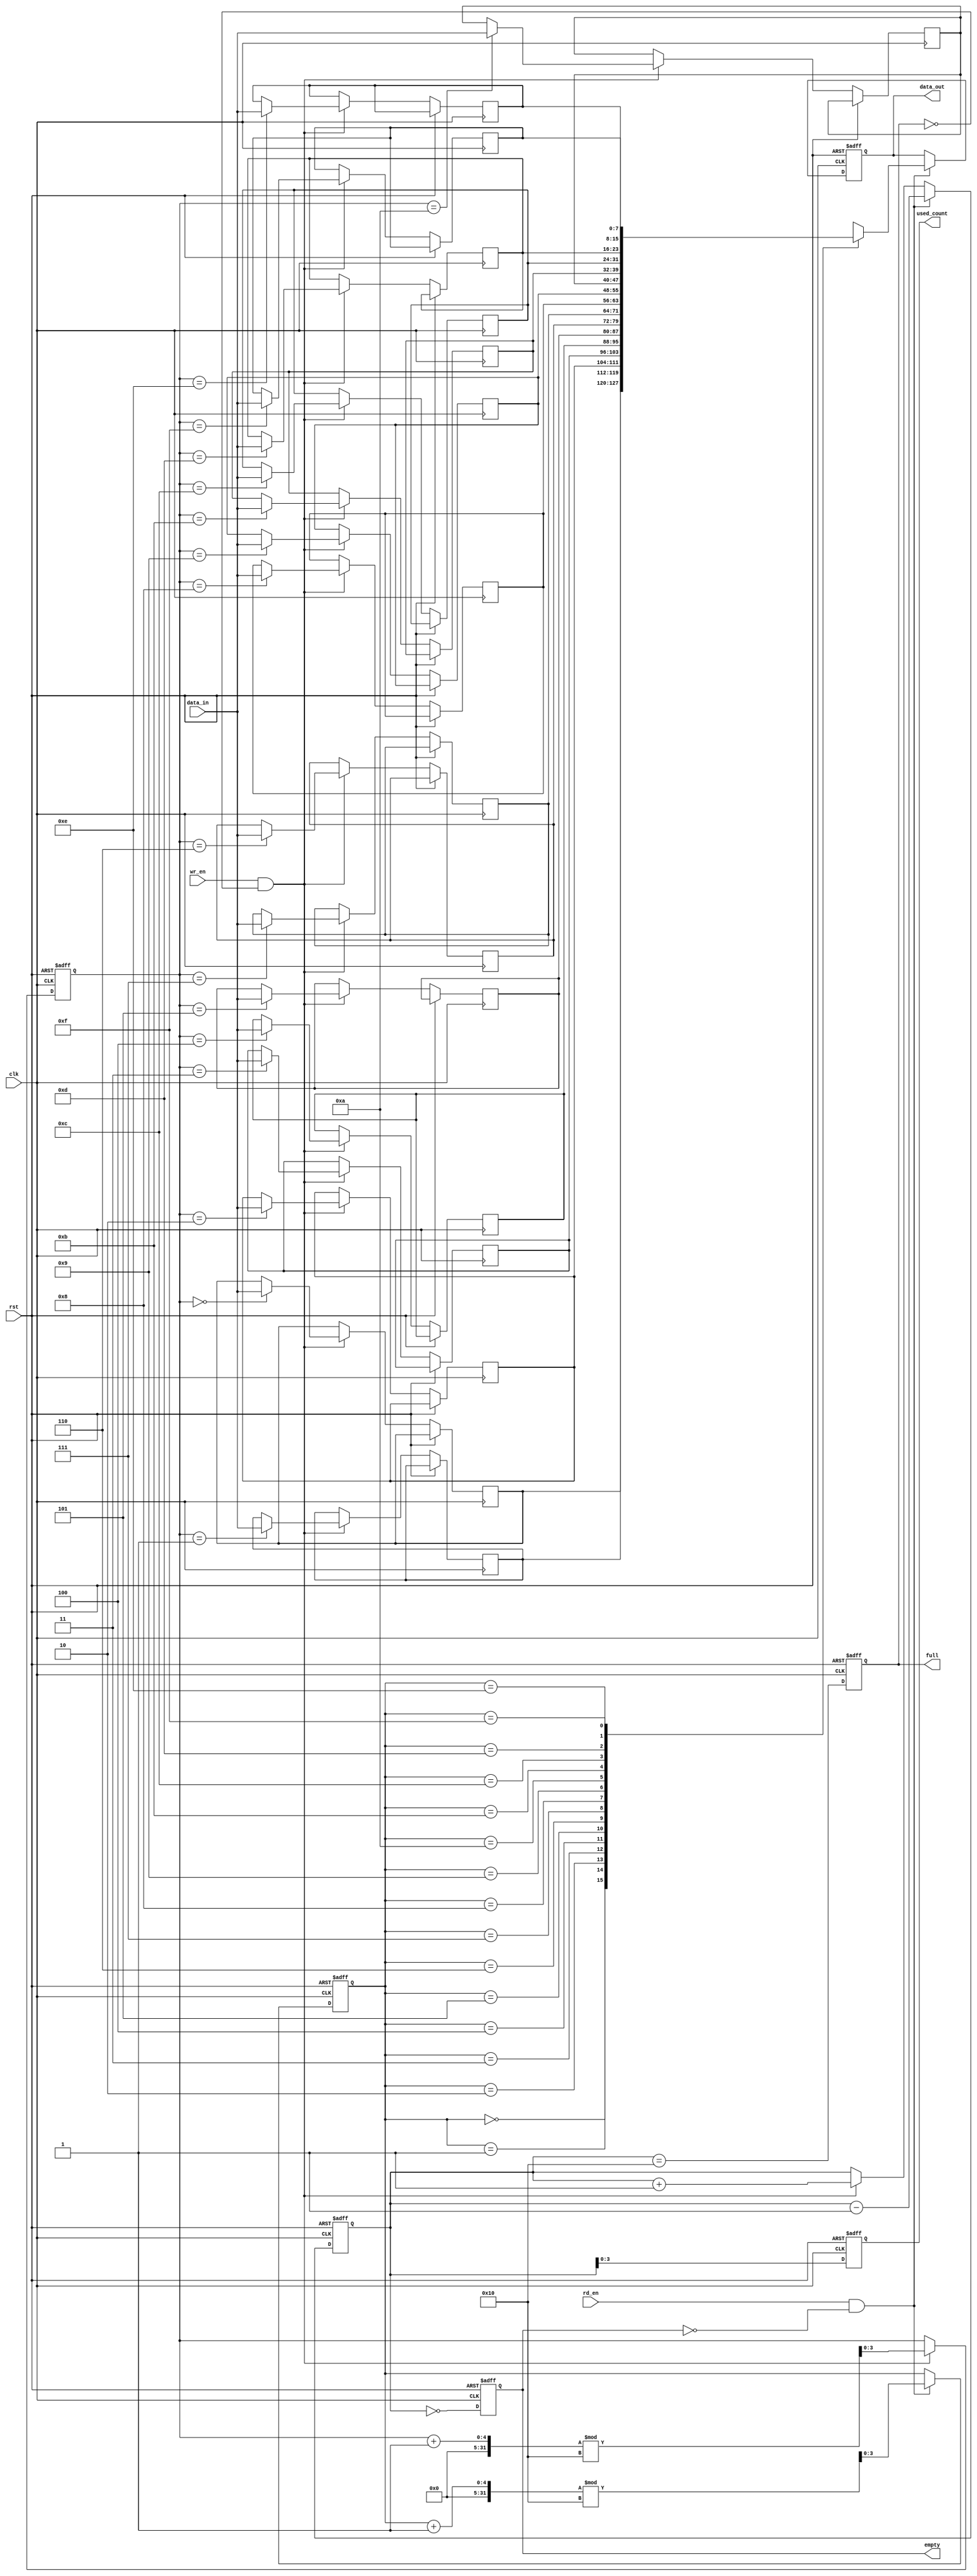
module fifo #(
    parameter DEPTH = 16,   // Must be a power of two
    parameter WIDTH = 8     // Width of each data entry in bits
) (
    input wire clk,         // Clock signal
    input wire rst,         // Reset signal
    input wire wr_en,       // Write enable
    input wire rd_en,       // Read enable
    input wire [WIDTH-1:0] data_in, // Input data bus
    output reg [WIDTH-1:0] data_out, // Output data bus
    output reg full,        // FIFO full flag
    output reg empty,       // FIFO empty flag
    output reg [clog2(DEPTH)-1:0] used_count // Number of used entries
);

    // Memory array declaration
    reg [WIDTH-1:0] memory [0:DEPTH-1];

    // Pointer declarations
    reg [clog2(DEPTH)-1:0] wr_ptr = 0; // Write pointer
    reg [clog2(DEPTH)-1:0] rd_ptr = 0; // Read pointer

    // Counter for used entries
    reg [clog2(DEPTH):0] count = 0; // Use one extra bit to handle the counting

    // Function to compute the logarithm base 2
    function integer clog2(input integer value);
        begin
            value = value - 1;
            for (clog2 = 0; value > 0; clog2 = clog2 + 1)
                value = value >> 1;
        end
    endfunction

    // Synchronous process to handle FIFO operations
    always @(posedge clk or posedge rst) begin
        if (rst) begin
            // Reset all states
            wr_ptr <= 0;
            rd_ptr <= 0;
            count <= 0;
            full <= 0;
            empty <= 1;
            used_count <= 0;
            data_out <= 0;
        end else begin
            // Handle Write Operation
            if (wr_en && !full) begin
                memory[wr_ptr] <= data_in;
                wr_ptr <= (wr_ptr + 1) % DEPTH; // Increment write pointer circularly
                count <= count + 1;
            end
            
            // Handle Read Operation
            if (rd_en && !empty) begin
                data_out <= memory[rd_ptr];
                rd_ptr <= (rd_ptr + 1) % DEPTH; // Increment read pointer circularly
                count <= count - 1;
            end
            
            // Update full and empty flags
            full <= (count == DEPTH);
            empty <= (count == 0);
            used_count <= count[clog2(DEPTH)-1:0];
        end
    end
endmodule